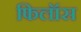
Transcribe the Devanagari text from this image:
फिलॉस